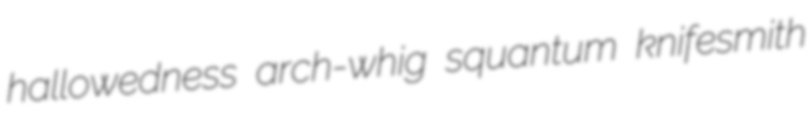
hallowedness arch-whig squantum knifesmith